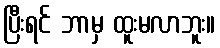
ပြီးရင် ဘာမှ ထူးမလာဘူး။